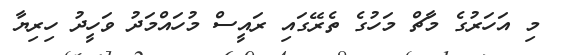
މި އަހަރުގެ މާޗް މަހުގެ ތެރޭގައި ރައީސް މުހައްމަދު ވަހީދު ހިރިޔާ